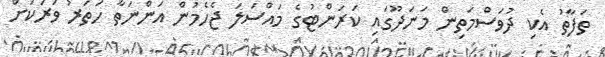
ތަފާތު އެކި ދުވަސްމަތިން މަނަދޫގައި ކަރަންޓުގެ މައްސަލަ ޖެހެމުން އަންނަތާ ހަތަރު ވަރަކަށް